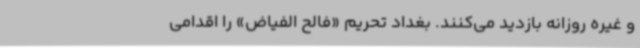
و غیره روزانه بازدید می‌کنند. بغداد تحریم «فالح الفیاض» را اقدامی